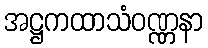
အဋ္ဌကထာသံဝဏ္ဏနာ